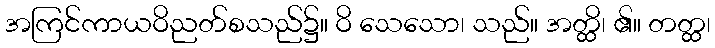
အကြင်ကာယဝိညတ်စသည်၌။ ဝိ သေသော၊ သည်။ အတ္ထိ၊ ၏။ တတ္ထ၊